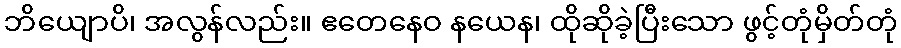
ဘိယျောပိ၊ အလွန်လည်း။ ဧတေနေဝ နယေန၊ ထိုဆိုခဲ့ပြီးသော ဖွင့်တုံမှိတ်တုံ